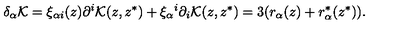
\delta _ { \alpha } { \cal K } = \xi _ { \alpha i } ( z ) \partial ^ { i } { \cal K } ( z , z ^ { * } ) + \xi _ { \alpha } { } ^ { i } \partial _ { i } { \cal K } ( z , z ^ { * } ) = 3 ( r _ { \alpha } ( z ) + r _ { \alpha } ^ { * } ( z ^ { * } ) ) .